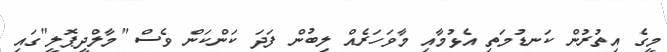
މީގެ އިތުރުން ކަނޑުމަތި އެޅުމާއި މާވަހަރެއް ލިބުން ފަދަ ކަންކަން ވެސް "މާލްދީޕޮލީ"ގައި